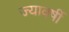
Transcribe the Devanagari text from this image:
ज्यावर्षी